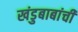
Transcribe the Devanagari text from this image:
खंडुबाबांची